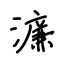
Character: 濂